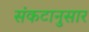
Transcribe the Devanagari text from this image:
संकटानुसार